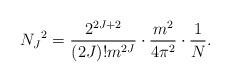
\begin{align*}N_J{}^2=\frac{2^{2J+2}}{(2J)!m^{2J}}\cdot\frac{m^2}{4\pi^2}\cdot\frac{1}{N}.\end{align*}